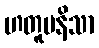
ဟတူပနိသာ